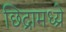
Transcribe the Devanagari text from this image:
छिद्रामध्य्रे